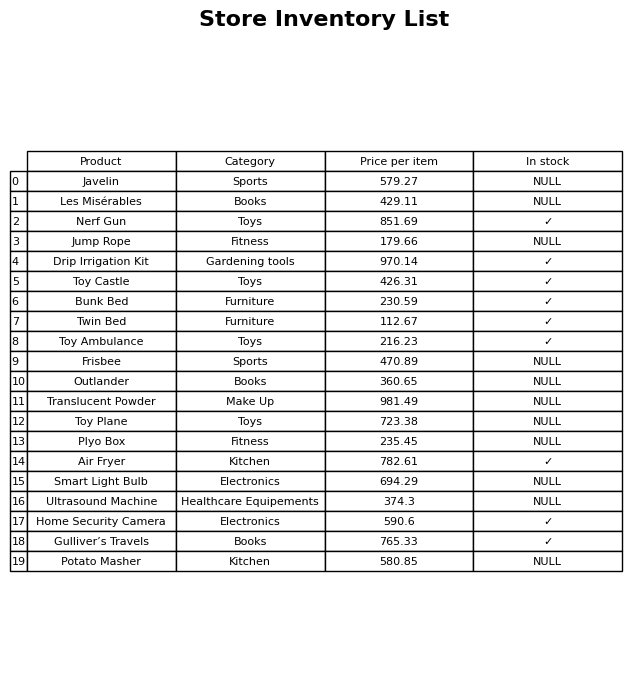
question: Which products are available in stock?
answer: Nerf Gun, Drip Irrigation Kit, Toy Castle, Bunk Bed, Twin Bed, Toy Ambulance, Air Fryer, Home Security Camera, Gulliver’s Travels